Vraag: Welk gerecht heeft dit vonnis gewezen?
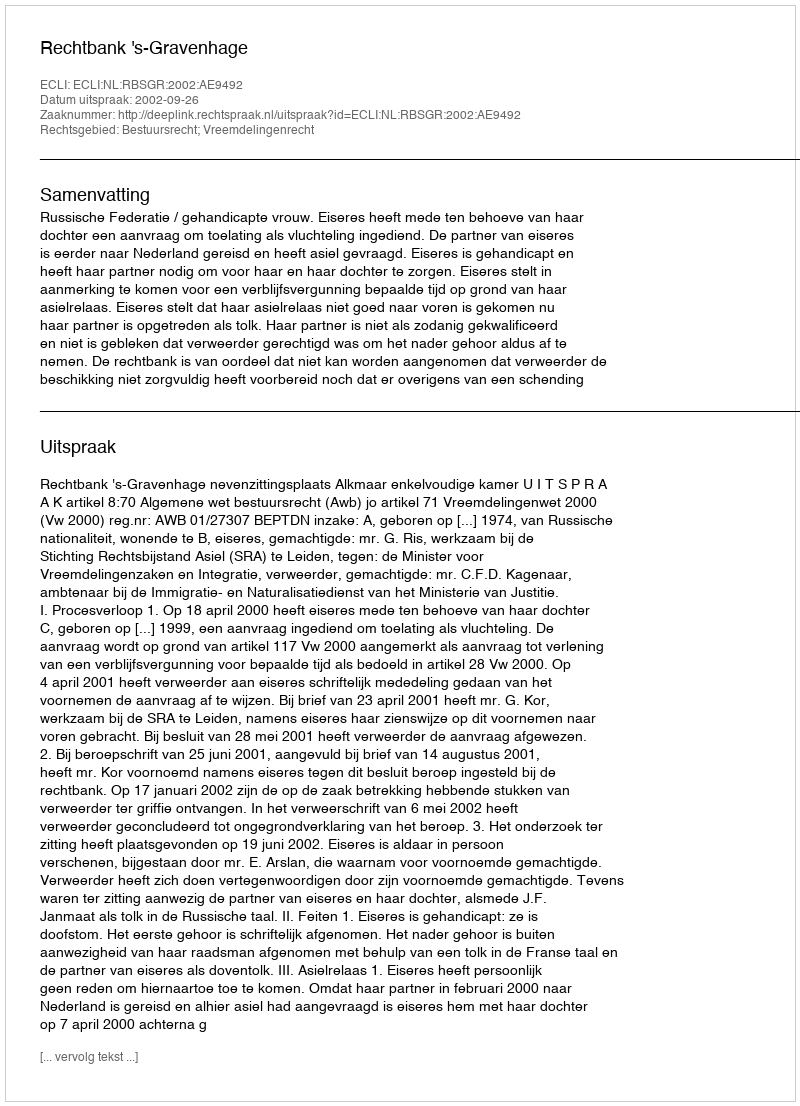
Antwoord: Rechtbank 's-Gravenhage